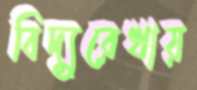
বিদ্যুরেখায়